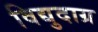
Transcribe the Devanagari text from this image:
विद्युदाग्र